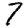
Digit: 7